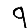
Digit: 9